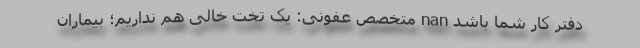
دفتر کار شما باشد nan متخصص عفونی: یک تخت خالی هم نداریم؛ بیماران